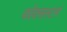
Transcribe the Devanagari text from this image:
फोक्सस्टर्म